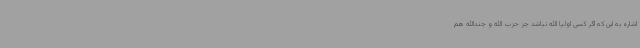
اشاره به این که اگر کسی اولیا الله نباشد جز حزب الله و جندالله هم